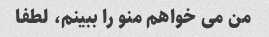
من می خواهم منو را ببینم، لطفا